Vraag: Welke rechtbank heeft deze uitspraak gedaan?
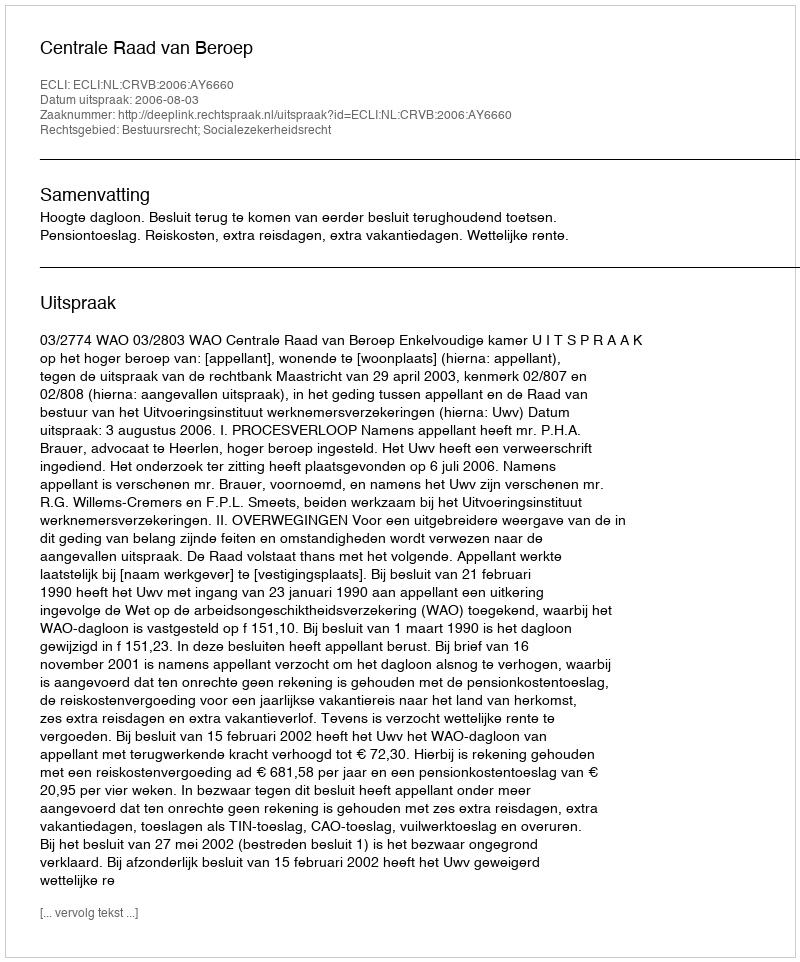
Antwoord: Centrale Raad van Beroep